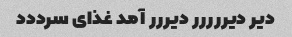
دیر دیررررر دیررر آمد غذای سرددد